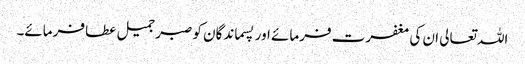
اللہ تعالی ان کی مغفرت فرمائے اور پسماندگان کو صبر جمیل عطا فرمائے۔